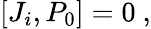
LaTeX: [J_{i},P_{0}]=0~,